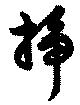
挿